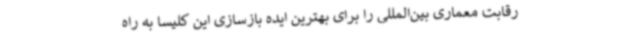
رقابت معماری بین‌المللی را برای بهترین ایده بازسازی این کلیسا به راه‌